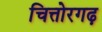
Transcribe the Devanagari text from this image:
चित्तोरगढ़